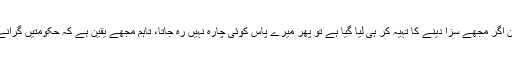
نواز شریف کا کہنا تھا کہ میرے خلاف کیس بے بنیاد اور کھوکھلا ہے لیکن اگر مجھے سزا دینے کا تہیہ کر ہی لیا گیا ہے تو پھر میرے پاس کوئی چارہ نہیں رہ جاتا، تاہم مجھے یقین ہے کہ حکومتیں گرانے اور منتخب وزرائے اعظم کو ہٹانے کا یہ سلسلہ پاکستان میں اب ختم ہوگا۔